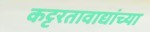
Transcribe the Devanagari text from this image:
कट्टरतावाद्यांच्या